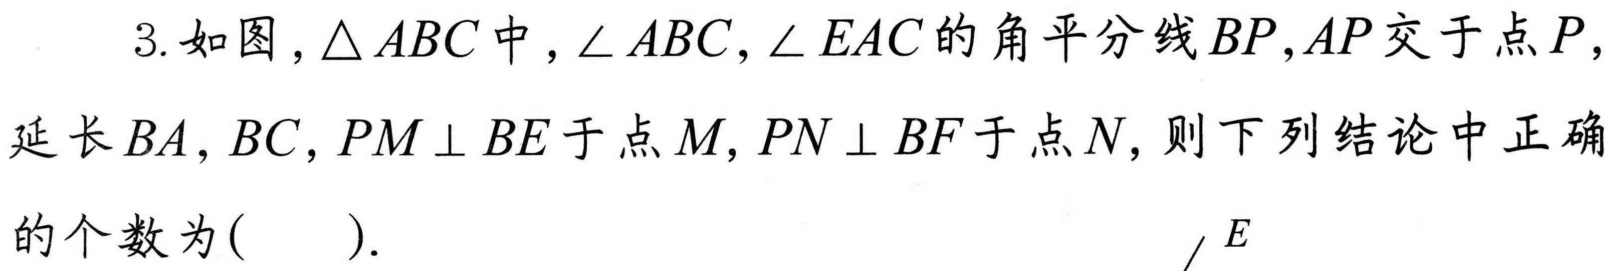
3. 如图，$\triangle ABC$中，$\angle ABC,\angle EAC$的角平分线$BP,AP$交于点$P,$延长$BA,BC$，$PM\perp BE$于点$M$，$PN\perp BF$于点$N$，则下列结论中正确的个数为(  ).  !(https://p6-hippo-sign.byteimg.com/tos-cn-i-a9yeduch1e/66c8c877776748a9b877c87767776766~tplv-ii0cwwkcx9-resize-crop-v1:552:224:630:300:0:0.png?lk3s=f89d68d8&x-expires=2034775001&x-signature=0u77766767676767676767676767676767)